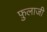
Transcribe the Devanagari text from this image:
फ़ुलाजी